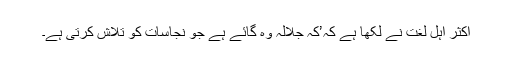
اکثر اہل لغت نے لکھا ہے کہ’کہ جلالہ وہ گائے ہے جو نجاسات کو تلاش کرتی ہے۔